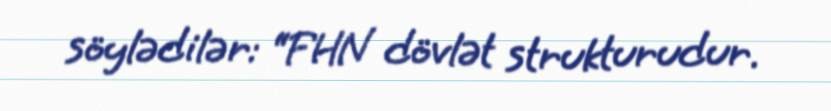
söylədilər: “FHN dövlət strukturudur.